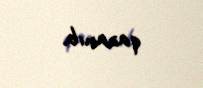
qazanıb.